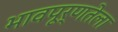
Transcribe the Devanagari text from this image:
भावपूर्णतेला